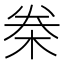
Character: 桊